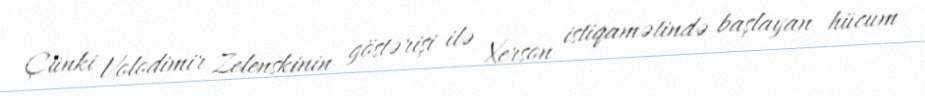
Çünki Volodimir Zelenskinin göstərişi ilə Xerson istiqamətində başlayan hücum